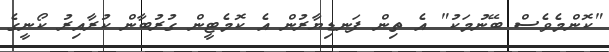
"ކޮންމެވެސް ބޭނުމަކު" އެ ތިން ފަނޑިޔާރުން އެ ކޮމެޓީން ގުރުބާން ކުރާއިރު ކޯނީގެ